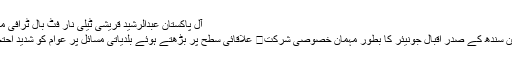
آل پاکستان عبدالرشید قریشی ٹیلی نار فٹ بال ٹرافی میں 4 میچوں کے فیصلے ہوگئے
سندھ فٹ بال ریفریز ایسوسی ایشن سندھ کے صدر اقبال جونیئر کا بطور مہمان خصوصی شرکت	 علاقائی سطح پر بڑھتے ہوئے بلدیاتی مسائل پر عوام کو شدید احتجاج ،مسائل حل کرنے کا مطالبہ